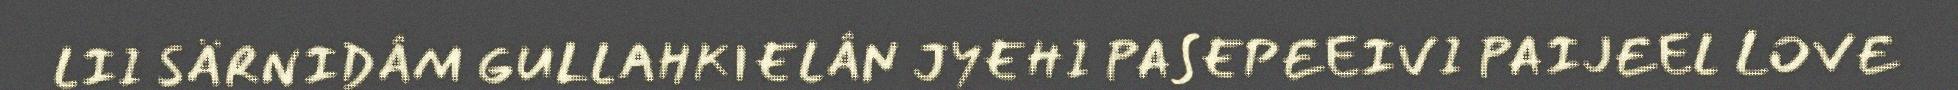
LII SÄRNIDÂM GULLAHKIELÂN JYEHI PASEPEEIVI PAIJEEL LOVE